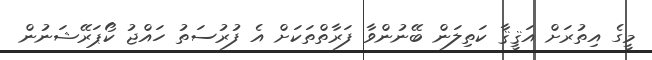
މީގެ އިތުރަށް އަޤީޤާ ކަތިލަން ބޭނުންވާ ފަރާތްތަކަށް އެ ފުރުސަތު ހައްޖު ކޯޕަރޭޝަނުން